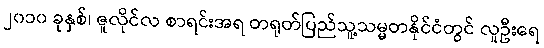
၂၀၁၀ ခုနှစ်၊ ဇူလိုင်လ စာရင်းအရ တရုတ်ပြည်သူ့သမ္မတနိုင်ငံတွင် လူဦးရေ